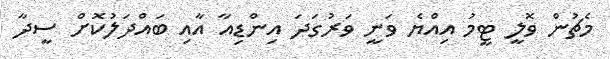
މެޗުން ވޮލީ ޓީމު އިއްޔެ ވަނީ ވަރުގަދަ އިންޑިއާ އާއި ބައްދަލުކޮށް ސީދާ